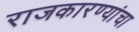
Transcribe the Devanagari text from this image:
राजकारण्यांचा